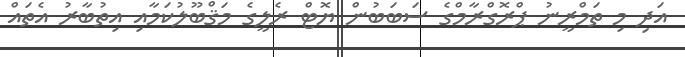
އަދި މި ތަމްރީނު ޕްރޮގްރާމްގެ ސަބަބުން ޔޮޓް ރެލީގެ މަޤްބޫލުކަމާއި އިތުބާރު އެތައް